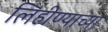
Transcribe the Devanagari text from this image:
लिहीण्याच्या